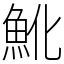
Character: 魤